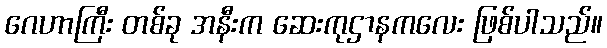
ဂေဟာကြီး တစ်ခု အနီးက ဆေးကုဌာနကလေး ဖြစ်ပါသည်။